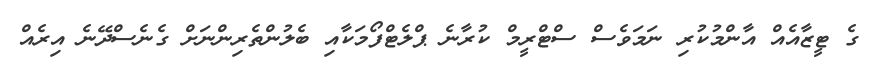
ގެ ޓީޒާއެއް އާންމުކުރި ނަމަވެސް ސްޓްރީމް ކުރާނެ ޕްލެޓްފޯމަކާއި ބެލުންތެރިންނަށް ގެނެސްދޭނެ އިރެއް